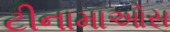
ટીનામાઓસ